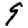
Digit: 9